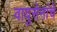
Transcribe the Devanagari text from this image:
वायुसेनांचे